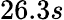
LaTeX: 26.3s